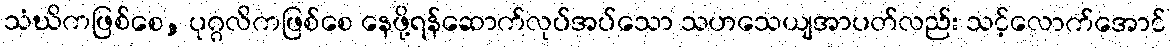
သံဃိကဖြစ်စေ, ပုဂ္ဂလိကဖြစ်စေ နေဖို့ရန်ဆောက်လုပ်အပ်သော သဟသေယျအာပတ်လည်း သင့်လောက်အောင်